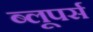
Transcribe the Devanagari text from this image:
ब्लूपर्स